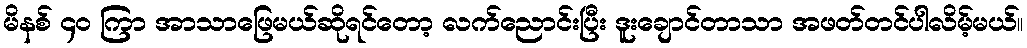
မိနစ် ၄၀ ကြာ အာသာဖြေမယ်ဆိုရင်တော့ လက်ညောင်းပြီး ဒူးချောင်တာသာ အဖတ်တင်ပါလိမ့်မယ်။